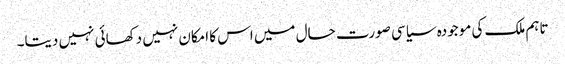
تاہم ملک کی موجودہ سیاسی صورت حال میں اس کا امکان نہیں دکھائی نہیں دیتا۔